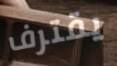
يقترف